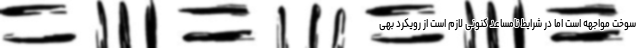
سوخت مواجهه است اما در شرایط نامساعد کنونی لازم است از رویکرد بهی